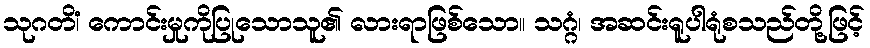
သုဂတိံ၊ ကောင်းမှုကိုပြုသောသူ၏ လားရာဖြစ်သော။ သဂ္ဂံ၊ အဆင်းရူပါရုံစသည်တို့ဖြင့်